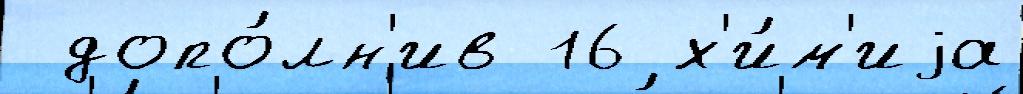
 допо́лн'ив 16 х'и́м'иjа